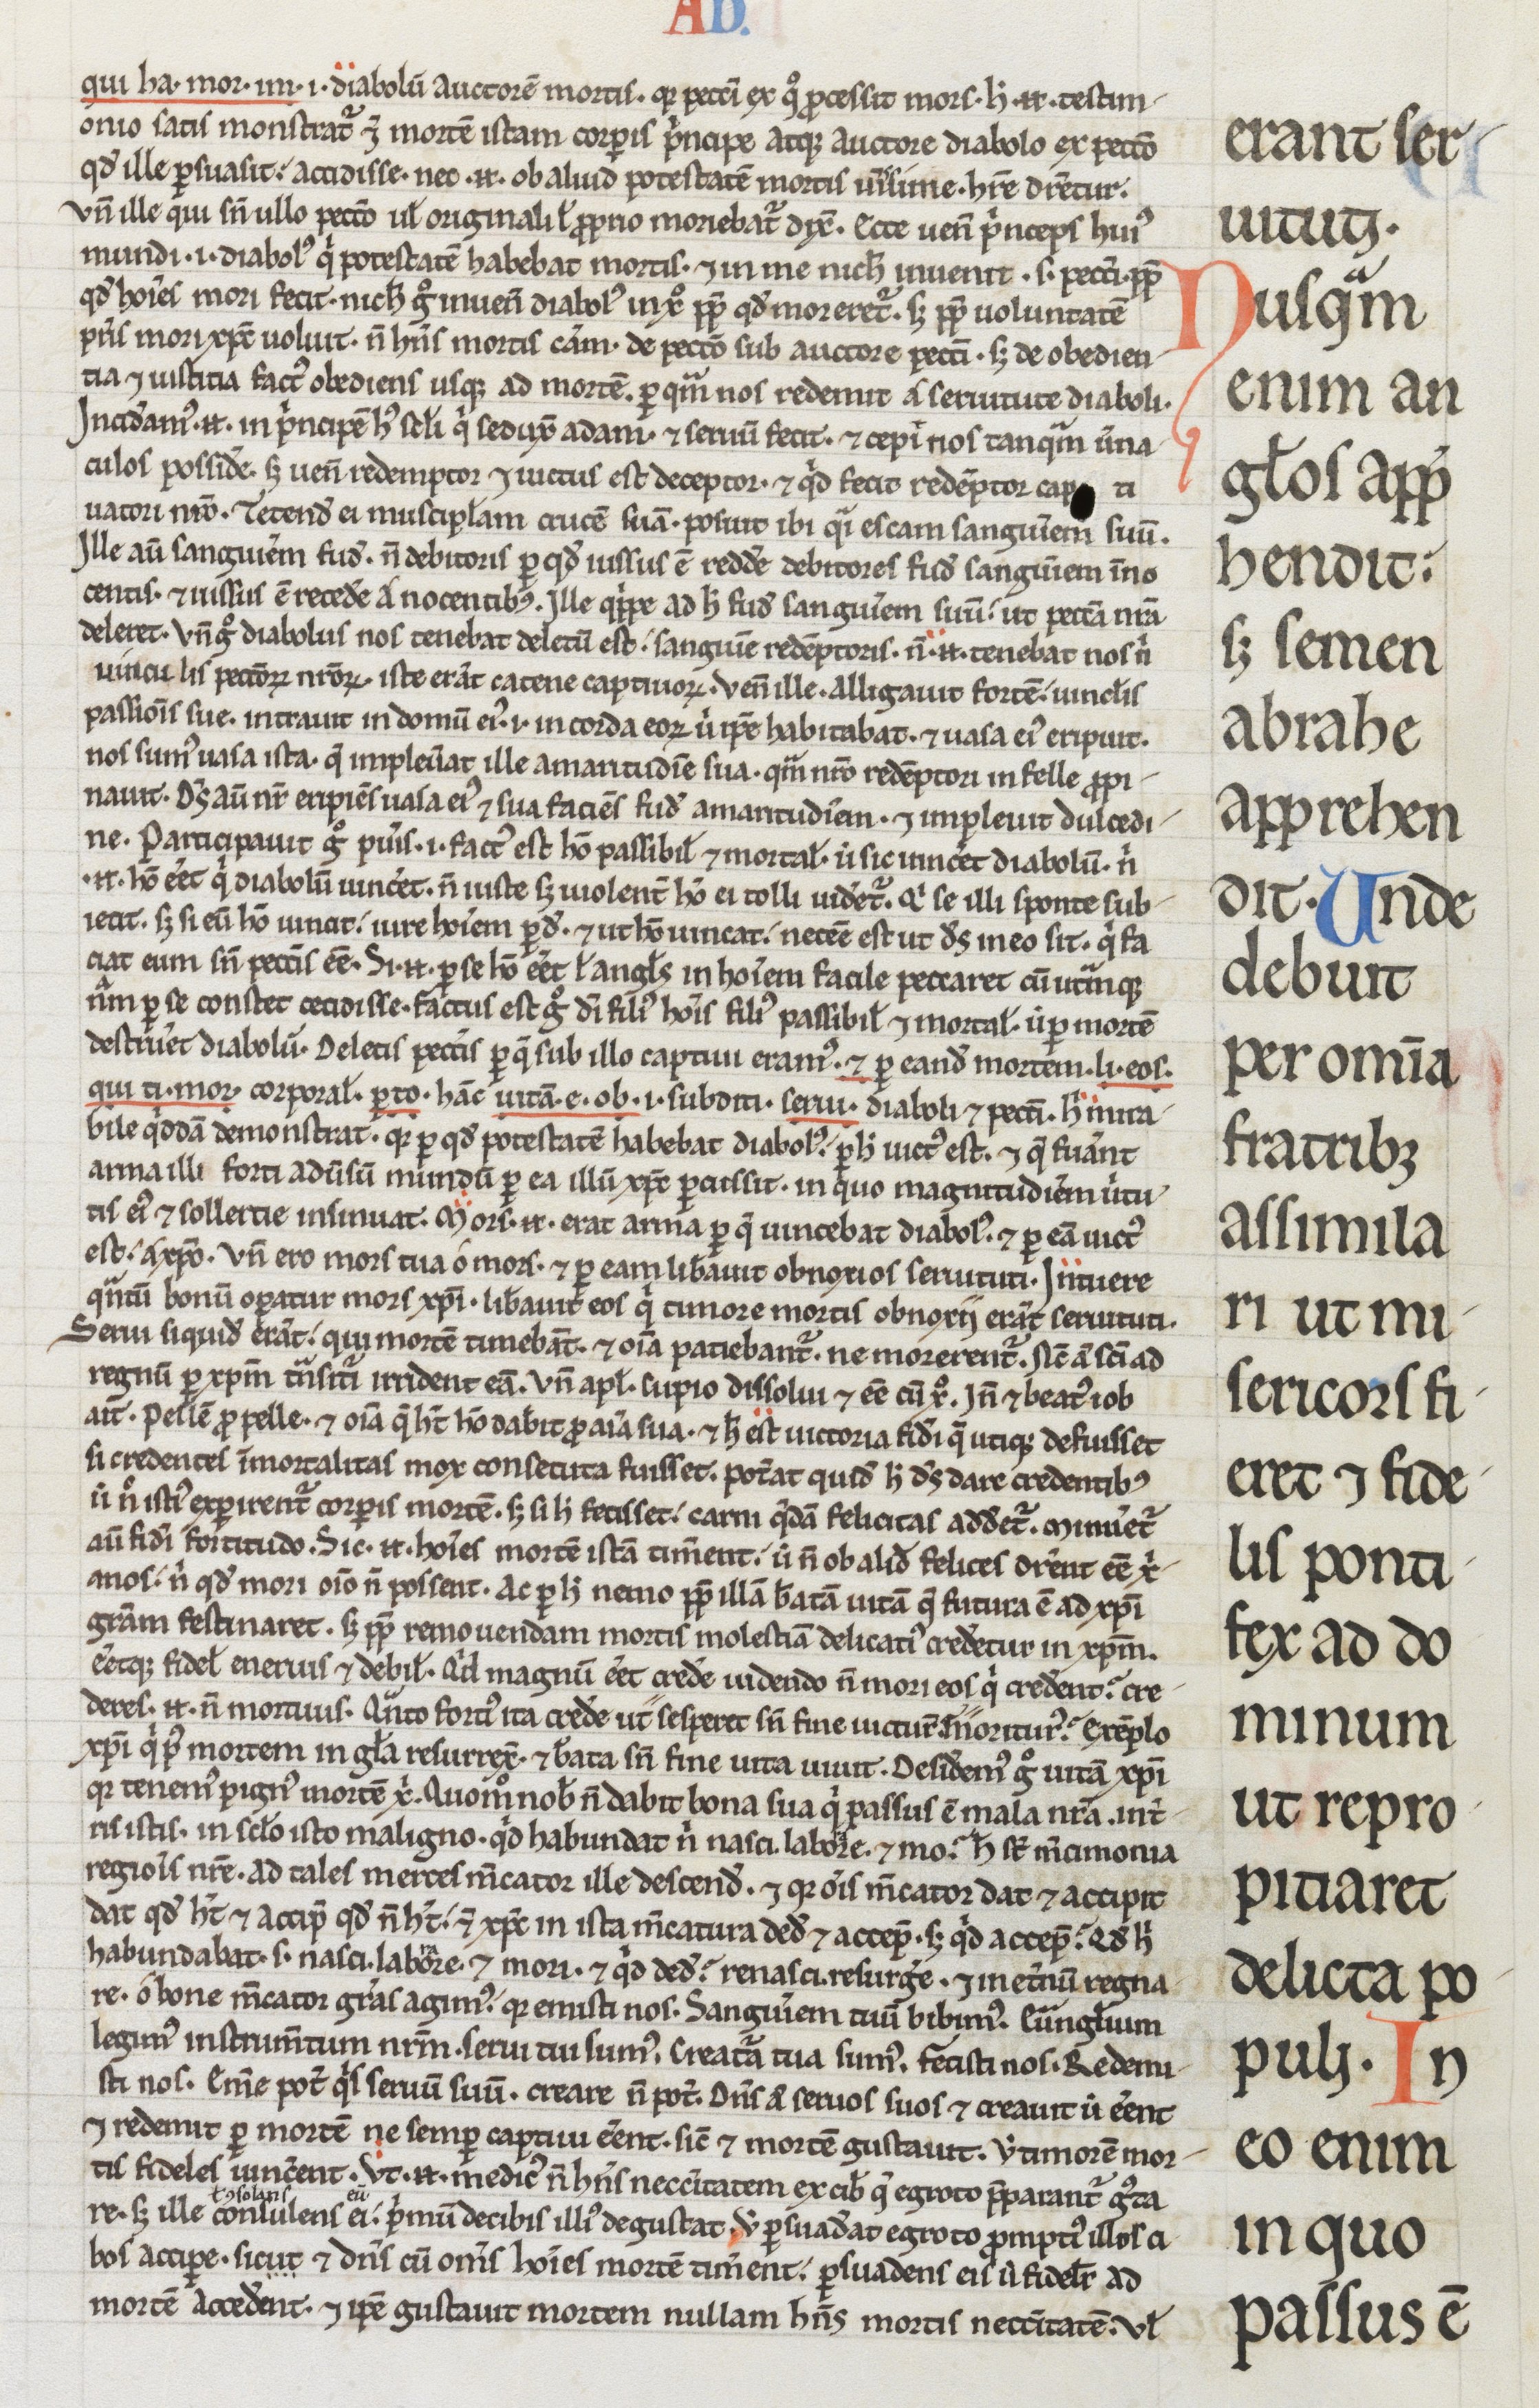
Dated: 1200–1299